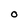
Character: O